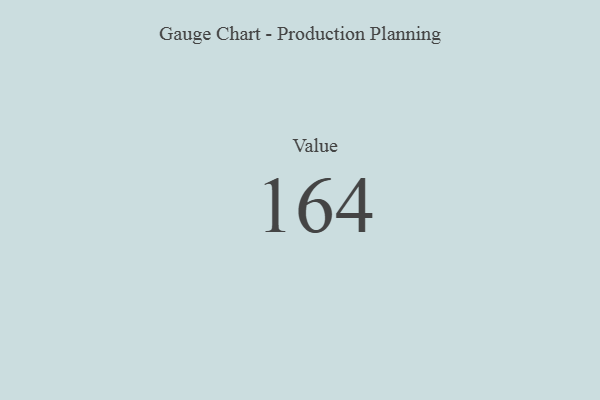
{"axis": {"x": "Metric", "y": "Value"}, "legend": [""], "data": [{"x": "Value", "y": 164, "type": ""}]}